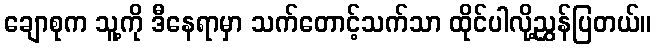
ချောစုက သူ့ကို ဒီနေရာမှာ သက်တောင့်သက်သာ ထိုင်ပါလို့ညွှန်ပြတယ်။